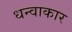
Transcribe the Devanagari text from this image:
धन्वाकार